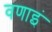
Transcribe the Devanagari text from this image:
वणाइं